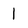
Character: 1